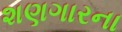
શણગારના